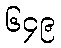
၆၄၉